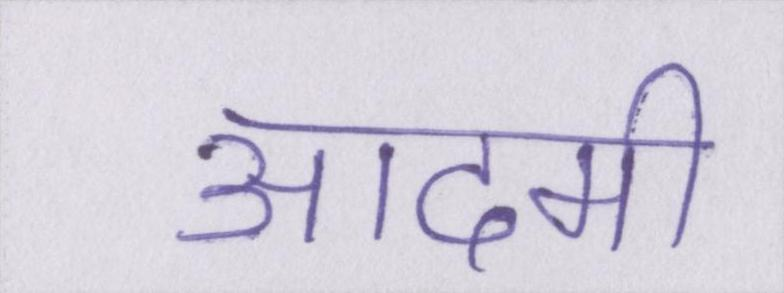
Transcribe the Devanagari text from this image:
आदमी